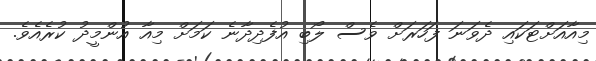
މިއާއަށްޓަކައި ދެވަނަ ފަހަރަށް ވެސް ލޯބި އުފެދިދާނެ ކަމަށް މިއާ އުންމީދު ކުރެއެވެ.